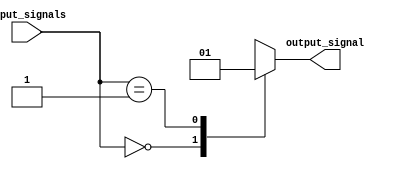
module priority_case_statement(
    input wire [1:0] input_signals,
    output reg output_signal
);

always @(*) begin
    case(input_signals)
        2'b00: output_signal = 1'b0; // First matching case statement
        2'b01: output_signal = 1'b1; // Second matching case statement
        default: output_signal = 1'bX; // Default behavior if no case statements are met
    endcase
end

endmodule